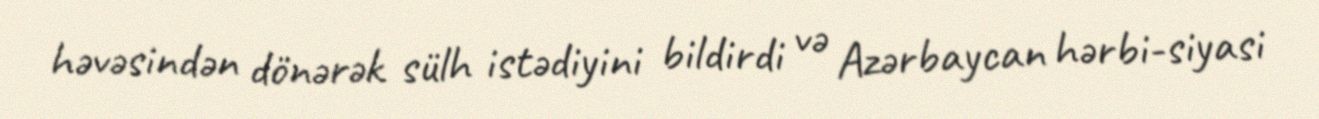
həvəsindən dönərək sülh istədiyini bildirdi və Azərbaycan hərbi-siyasi